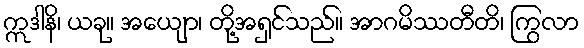
ဣဒါနိ၊ ယခု။ အယျော၊ တို့အရှင်သည်။ အာဂမိဿတီတိ၊ ကြွလာ